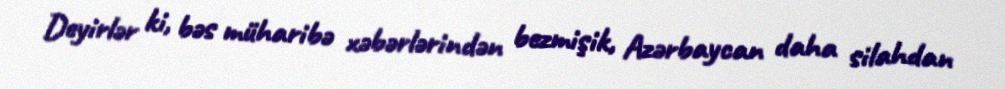
Deyirlər ki, bəs müharibə xəbərlərindən bezmişik, Azərbaycan daha silahdan